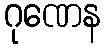
ဂုဏေန